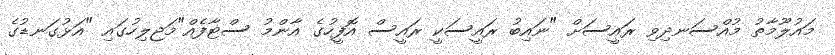
މައުލޫމާތު މުއްސަނދިވި ރައީސަށް "ނައިބު ރައީސަކީ ރައީސް އޮފީހުގެ އާންމު ސްޓާފެއް"މަޖިލިހުގައި "އަޅުގަނޑުގެ